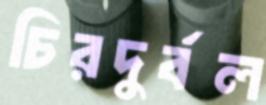
চিরদুর্বল